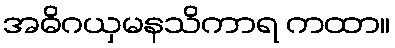
အဓိဂယှမနသိကာရ ကထာ။